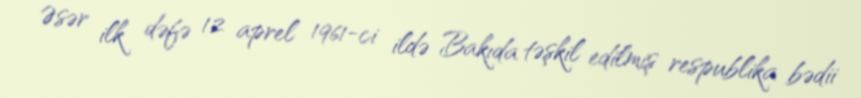
Əsər ilk dəfə 12 aprel 1961-ci ildə Bakıda təşkil edilmiş respublika bədii